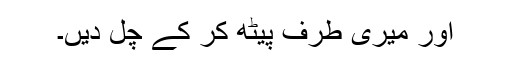
اور میری طرف پیٹھ کر کے چل دیں۔